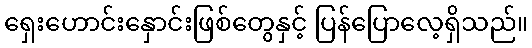
ရှေးဟောင်းနှောင်းဖြစ်တွေနှင့် ပြန်ပြောလေ့ရှိသည်။